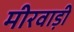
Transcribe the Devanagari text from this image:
मीरवाड़ी